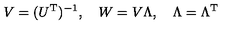
V = ( U ^ { \mathrm { T } } ) ^ { - 1 } , \quad W = V \Lambda , \quad \Lambda = \Lambda ^ { \mathrm { T } }